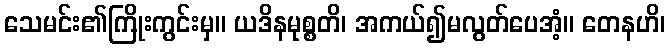
သေမင်း၏ကြိုးကွင်းမှ။ ယဒိနမုစ္စတိ၊ အကယ်၍မလွတ်ပေအံ့။ တေနဟိ၊